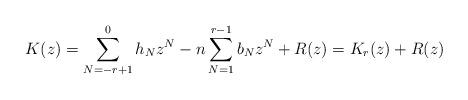
LaTeX: \begin{align*}K(z)=\sum_{N=-r+1}^0 h_N z^N-n\sum_{N=1}^{r-1} b_N z^N +R(z)=K_r(z)+R(z)\end{align*}